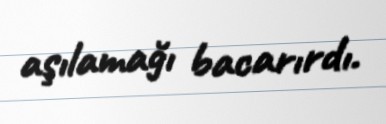
aşılamağı bacarırdı.